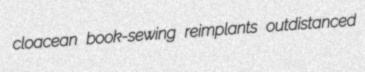
cloacean book-sewing reimplants outdistanced